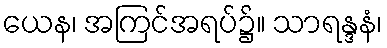
ယေန၊ အကြင်အရပ်၌။ သာရန္ဒနံ၊